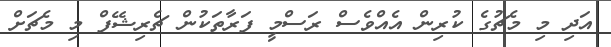
އަދި މި މެޗުގެ ކުރިން އެއްވެސް ރަސްމީ ފަރާތަކުން ޗެރިޝޭފް މި މެޗަށް